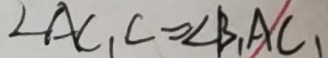
\angle A C _ { 1 } C = \angle B _ { 1 } A C _ { 1 }